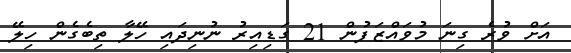
އަށް ވުރެ ގިނަ މުވައްޒަފުން 21 ގަޑިއިރު ނުނިދައި ހޭލާ ތިބެގެން ހިލޭ